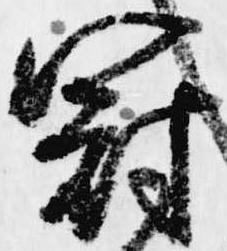
冠